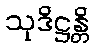
သုဒိဋ္ဌန္တိ